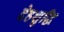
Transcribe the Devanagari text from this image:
देहशुद्धि